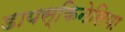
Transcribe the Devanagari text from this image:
डायस्किनेसिया